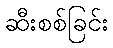
ဆီးစစ်ခြင်း